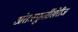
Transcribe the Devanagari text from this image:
अंतःस्फूर्तीखेरीज